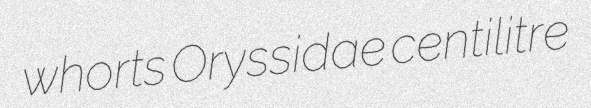
whorts Oryssidae centilitre